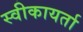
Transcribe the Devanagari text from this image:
स्वीकायर्ता